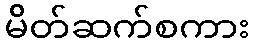
မိတ်ဆက်စကား